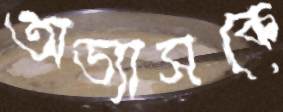
অভ্যাসকে